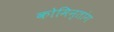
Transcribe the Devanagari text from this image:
कोमिन्तांग